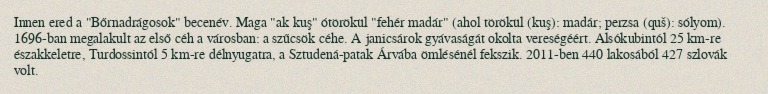
Innen ered a "Bőrnadrágosok" becenév. Maga "ak kuş" ótörökül "fehér madár" (ahol törökül (kuş): madár; perzsa (quš): sólyom). 1696-ban megalakult az első céh a városban: a szűcsök céhe. A janicsárok gyávaságát okolta vereségéért. Alsókubintól 25 km-re északkeletre, Turdossintól 5 km-re délnyugatra, a Sztudená-patak Árvába ömlésénél fekszik. 2011-ben 440 lakosából 427 szlovák volt.